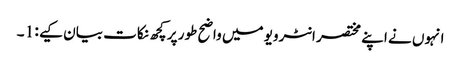
انہوں نے اپنے مختصر انٹرویو میں واضح طور پر کچھ نکات بیان کیے : 1 ۔